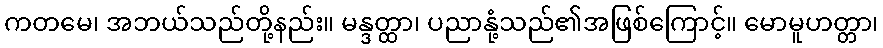
ကတမေ၊ အဘယ်သည်တို့နည်း။ မန္ဒတ္ထာ၊ ပညာနုံ့သည်၏အဖြစ်ကြောင့်။ မောမူဟတ္တာ၊